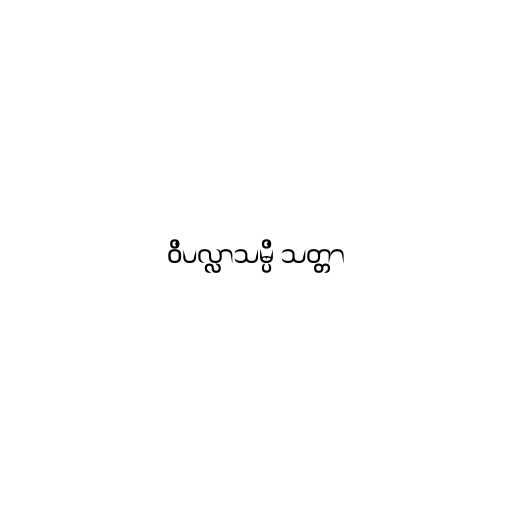
ဝိပလ္လာသမ္ပိ သတ္တာ